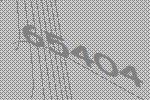
65404